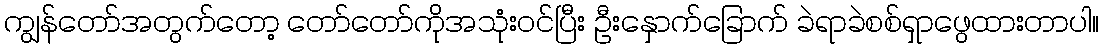
ကျွန်တော်အတွက်တော့ တော်တော်ကိုအသုံးဝင်ပြီး ဦးနှောက်ခြောက် ခဲရာခဲစစ်ရှာဖွေထားတာပါ။